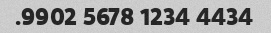
4434 1234 5678 9902.